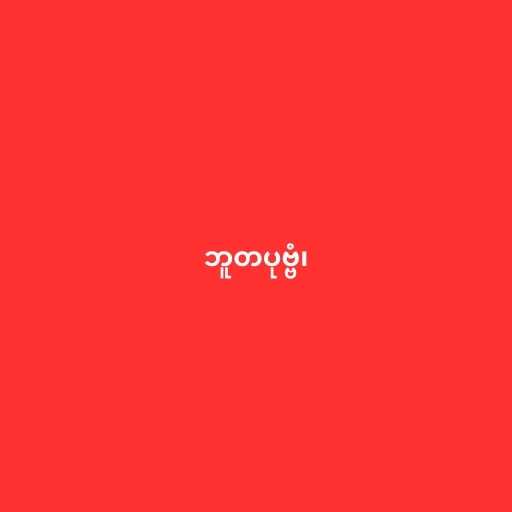
ဘူတပုဗ္ဗံ၊